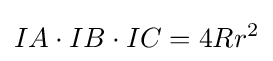
IA\cdot IB\cdot IC=4Rr^{2}